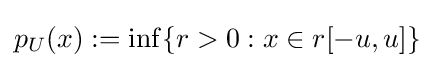
p_{U}(x):=\inf\{r>0:x\in r[-u,u]\}